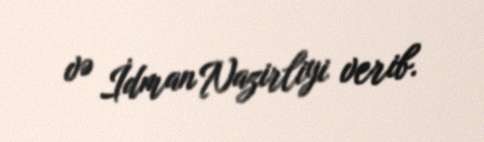
və İdman Nazirliyi verib.